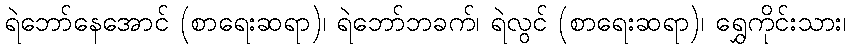
ရဲဘော်နေအောင် (စာရေးဆရာ)၊ ရဲဘော်ဘခက်၊ ရဲလွင် (စာရေးဆရာ)၊ ရွှေကိုင်းသား၊